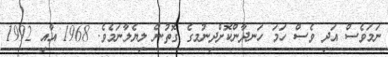
ނަމަވެސް އަދި ވެސް ހަމަ ހަނދާންކޮށްދިނުމގެ ގޮތުން ލިޔެލާނަމެވެ. 1968 އާއި 1992